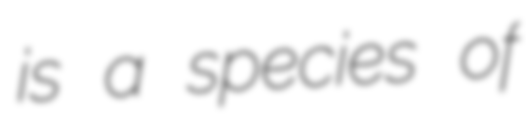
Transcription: is a species of